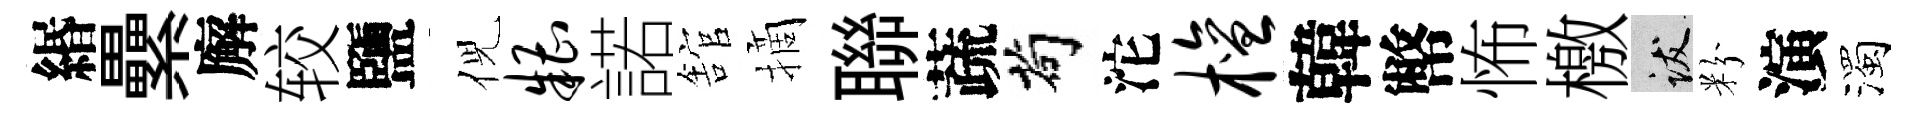
緡纍廨较鹽倪糟諾舘摘聯蔬茍沱檀韓幣怖檄跋粉演濁